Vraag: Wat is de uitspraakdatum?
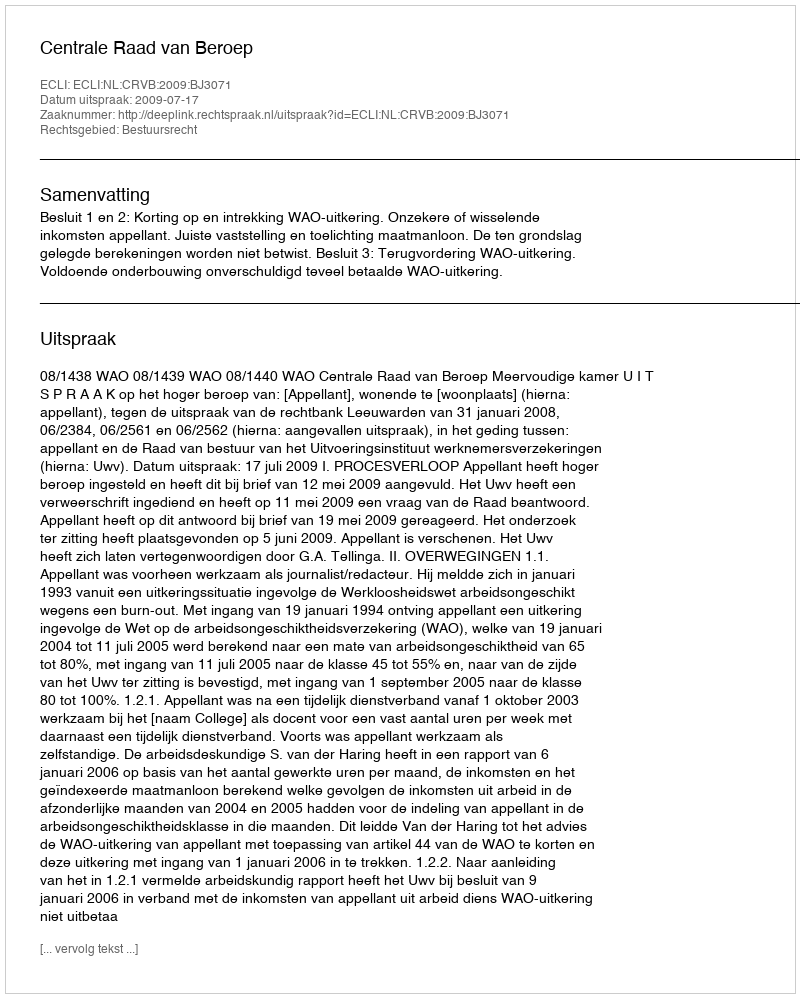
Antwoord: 2009-07-17